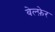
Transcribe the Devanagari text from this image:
वेल्फ़ेर